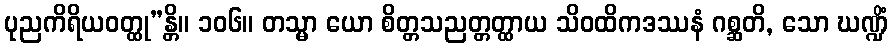
ပုညကိရိယဝတ္ထု”န္တိ။ ၁၀၆။ တသ္မာ ယော စိတ္တသညတ္တတ္ထာယ သိဝထိကဒဿနံ ဂစ္ဆတိ, သော ဃဏ္ဍိံ